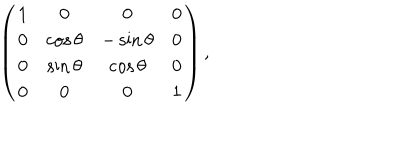
\left( \begin{matrix} { { 1 } } & { { 0 } } & { { 0 } } & { { 0 } } \\ { { 0 } } & { { \cos \theta } } & { { - \sin \theta } } & { { 0 } } \\ { { 0 } } & { { \sin \theta } } & { { \cos \theta } } & { { 0 } } \\ { { 0 } } & { { 0 } } & { { 0 } } & { { 1 } } \\ \end{matrix} \right) ,